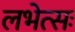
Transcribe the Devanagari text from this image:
लभेत्सः